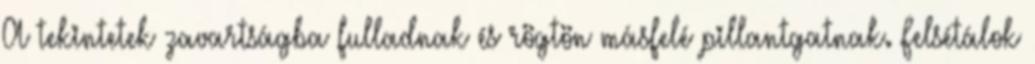
A tekintetek zavartságba fulladnak és rögtön másfelé pillantgatnak. Felsétálok